Tezpur Lunatic Asylum reports 1877-1894 - 1877-1894
Year: 1877
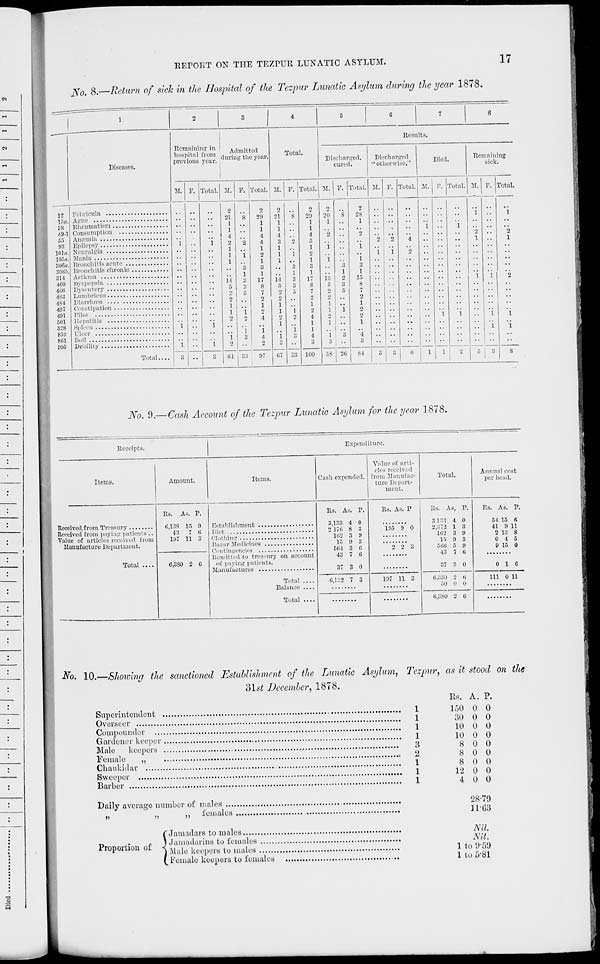
EEPOKT ON THE TEZPUR LUNATIC ASYLUM.
17
No. 8.—Return of sick in the Hospital of the Tezpur Lunatic Asylum during the year 1878.
1
2
3
|
.
5
C
7
8
Diseases.
|
Remaining in ■
A 1 „- i i„ 1
SSSfeUSSSL
1
Total.
Results.
Discharged.
cured.
Discharged
"otherwise."
Died.
Remaining
sick.
M. P. Total. M. P. Total. 51. P. Total. M. P. Totai. M. P. Total. M. p. Total. M. P. Total.
12
16a,
88
49-1
65
1)8
101(1.
105a.
806a.
8066.
314
4t!0
466
483
484
487
401
601
r>''8
Febrlcula
Apuo
Rheumatism
Consumption
Epilepsy
Neuralgia
Mania
Bronchitis acute
Bronchitis chronic
Asthma
Dyspepsia
Dysentery
Lumbricus
Diarrhoea
Constipation
Piles
Hepatitis
1
i
i
• •
i
i
"i
2
21
1
1
4
1
1
1
14
6
2
2
1
1
2
i
2
8
•2
i
3
1
3
3
5
i
i
3
2
29
1
1
4
4
1
2
1
3
1
17
8
7
2
1
•_>
4
'i
4
2
21
1
1
4
3
1
1
1
ii
f)
•_)
1
1
I
'i
3
07
*8
2
i
3
1
3
3
i
'i
33
20
1
1
4
5
1
2
1
3
1
17
8
7
1
4
1
1
4
3
2
20
1
2
i
i
6
2
1
1
1
i
3
*8
i'
o
3
5
'i
2
2S
1
2
'i
i
3
1
15
8
7
2
1
2
2
1
4
3
2
i
*2
i
*4
i
i
l
i
'i
'i
2
1
i
5
i
3
'i
*2
1
2
i
859
8«1
905
Dicer
Boil
Total....
1
3 • •
3
64 33
97
mo 58 26 84 3 3 U l
8
No. 0.— Cash Account of the Tezpur Lunatic Asylum for the year 1878.
Receipts.
Expenditure.
Items.
Amount.
Items.
Cash expended.
Value of arti-
cles received
from Manufac-
ture Depart-
ment.
Total.
Annual cost
per head.
Received from Treasury
Received from paying patients ..
Value of articles received from
Manufacture Department.
Rs. As. P.
C,13S 16 n
43
7 i!
197 11 3
Rs. As. P.
3.133 4 0
'.' 176 8 3
162 3 9
15 0 3
564 3 «
43 7 (i
37 3 0
Rs. As. P
195 9 0
2 2 3
Rs. As, P.
3133 4 0
2,872 1 8
162 3 9
15 9 3
666 5 9
43 7 ti
37 3 0
Rs. As. P.
54 15 6
41 9 11
2 13 8
Bazar Medicines
Contingencies
Remitted to treasury on account
of paying patients.
Manufactures
Total ....
Balance
Total ....
0 4 5
9 15 0
0 1 C
Total ....
6,380 2 C
6,132 7 3
197 11 3
6,330 2 ti
60 0 0
111 0 11
6,880 2 ti
No. 10.—Showing the sanctioned Establishment of the Lunatic Asylum, Tezpur, as it stood on the
olst December, 1878.
Superintendent
1
Overseer
1
Compounder
1
Gardener keeper
1
Male keepers
3
Female
„
2
Obaukidar
1
Sweeper
1
Barber
,
1
Daily average number of males
„
,,
,, females
Jamadars to males
i JamadarinB to females
Proportion ot < Xl , ,
.
,
> .Male keepers to males
Female keepers to females
Rs. A. P.
150 0 0
30 0 0
10 0 0
10 0 0
8 0 0
8 0 0
8 0 0
12 0 0
4 0 0
28-79
11-63
Nil
Nil.
1 to 9-59
1 to 5-81